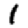
Digit: 1